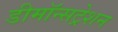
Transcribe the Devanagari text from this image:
डीमॉन्सट्रेशन